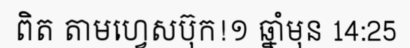
ពិត តាមហ្វេសប៊ុក!១ ឆ្នាំមុន 14:25